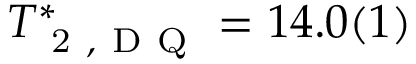
T _ { \mathrm { ~ 2 ~ , ~ D ~ Q ~ } } ^ { * } = 1 4 . 0 ( 1 )